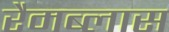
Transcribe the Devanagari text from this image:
रैमब्लास